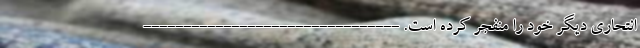
انتحاری دیگر خود را منفجر کرده است. --------------------------------